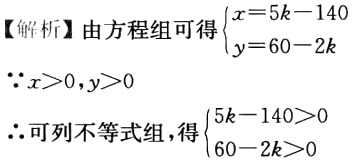
【解析】由方程组可得$\begin{cases}x = 5k - 140\\y = 60 - 2k\end{cases}$

$\because x>0,y>0$

$\therefore$可列不等式组，得$\begin{cases}5k - 140>0\\60 - 2k>0\end{cases}$